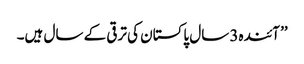
’’ آئندہ3 سال پاکستان کی ترقی کے سال ہیں۔